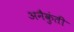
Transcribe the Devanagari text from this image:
अनैकुंती